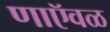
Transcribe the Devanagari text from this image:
णाऍवळ